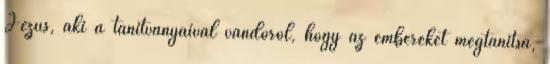
Jézus, aki a tanítványaival vándorol, hogy az embereket megtanítsa,